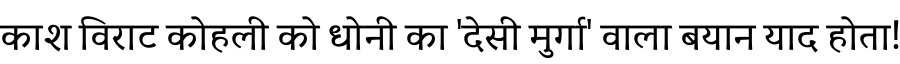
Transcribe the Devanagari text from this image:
काश विराट कोहली को धोनी का 'देसी मुर्गा' वाला बयान याद होता!